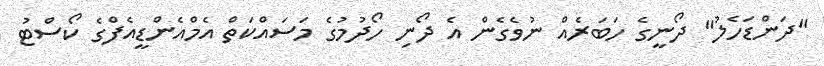
"ދަންޑަހެލު" ދޯނީގެ ހަބަރެއް ނުވެގެން އެ ދޯނި ހޯދުމުގެ މަސައްކަތް އެމްއެންޑީއެފްގެ ކޯސްޓު